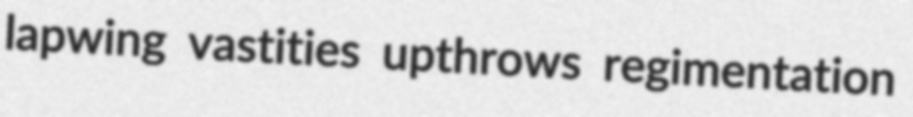
lapwing vastities upthrows regimentation